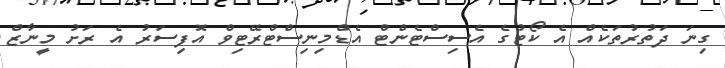
ގިނަ ދަތުރުތަކެއް އެ ކޯޓުގެ އެސިސްޓެންޓް އެޑްމިނިސްޓްރޭޓިވް އޮފިސަރު އެ ރަށު މީނާޒް